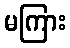
မကြား